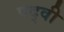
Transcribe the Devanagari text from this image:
पद्‍वी